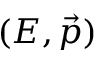
( E , { \vec { p } } )